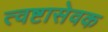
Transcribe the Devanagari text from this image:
त्वष्टासेवक